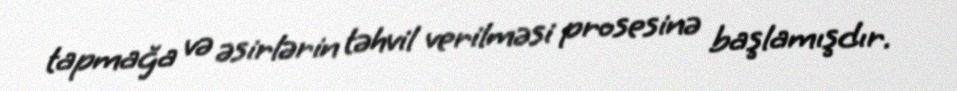
tapmağa və əsirlərin təhvil verilməsi prosesinə başlamışdır.